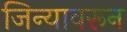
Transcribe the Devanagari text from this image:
जिन्यावरून